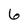
Character: 6